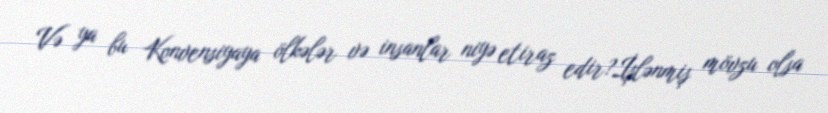
Və ya bu Konvensiyaya ölkələr və insanlar niyə etiraz edir?İşlənmiş mövzu olsa